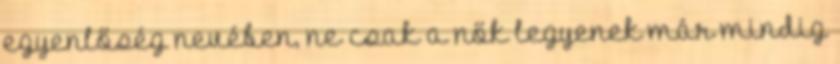
egyenlőség nevében, ne csak a nők legyenek már mindig